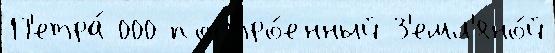
П'етра́ 000 постро́енный З'емл'яно́й